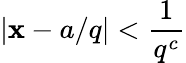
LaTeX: |\mathbf{x}-a/q|<{\frac{{1}}{{q^{c}}}}